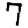
Digit: 7